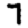
Digit: 7